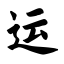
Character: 运